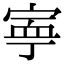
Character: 寕